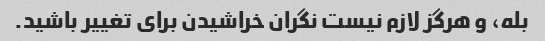
بله، و هرگز لازم نیست نگران خراشیدن برای تغییر باشید.